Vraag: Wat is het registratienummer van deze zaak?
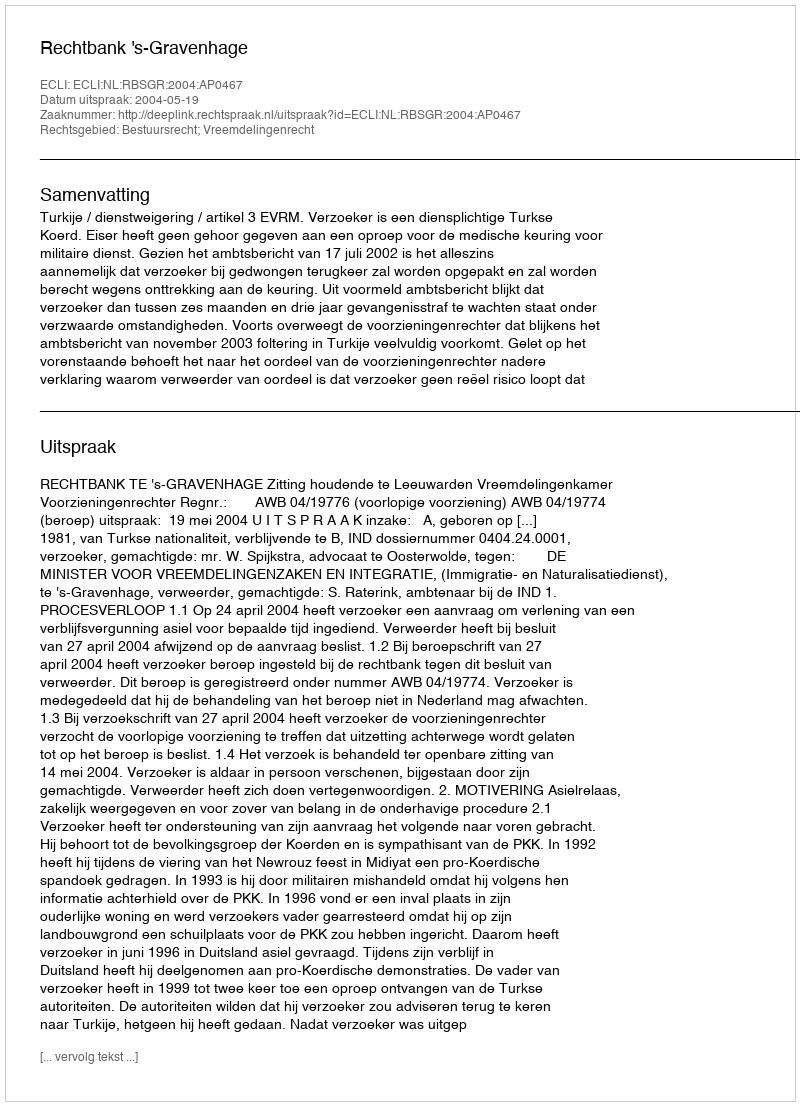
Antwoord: http://deeplink.rechtspraak.nl/uitspraak?id=ECLI:NL:RBSGR:2004:AP0467